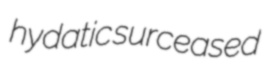
hydatic surceased